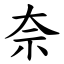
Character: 奈